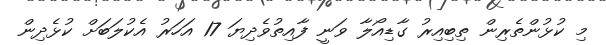
މި ކުޅުންތެރިން ތިބިއިރު ގާޑިއޯލާ ވަނީ ފާއިތުވެދިޔަ 17 އަހަރު އެކުލަބަށް ކުޅެދިން